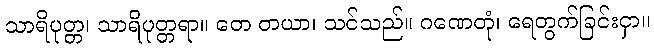
သာရိပုတ္တ၊ သာရိပုတ္တရာ။ တေ တယာ၊ သင်သည်။ ဂဏေတုံ၊ ရေတွက်ခြင်းငှာ။